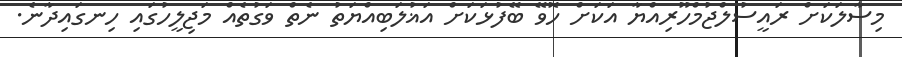
މިސާލަކަށް ރައީސުލްޖުމްހޫރިއްޔާ އަކަށް ހޮވޭ ބޭފުޅަކަށް އަޣުލަބިއްޔަތު ނެތް ވަގުތެއް މަޖިލީހުގައި ހިނގައިދާނެ.